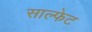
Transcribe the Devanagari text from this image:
साल्फेट